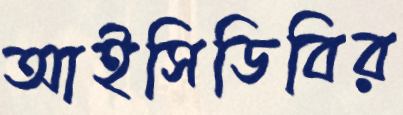
আইসিডিবির